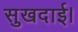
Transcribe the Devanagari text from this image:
सुखदाई।